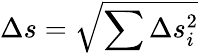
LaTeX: \Delta s=\sqrt{\sum\Delta s_{i}^{2}}